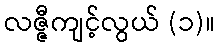
လဇ္ဇီကျင့်လွယ် (၁)။